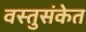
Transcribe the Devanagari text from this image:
वस्तुसंकेत